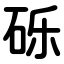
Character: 砾